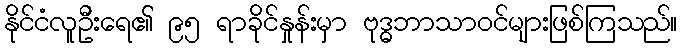
နိုင်ငံလူဦးရေ၏ ၉၅ ရာခိုင်နှုန်းမှာ ဗုဒ္ဓဘာသာဝင်များဖြစ်ကြသည်။